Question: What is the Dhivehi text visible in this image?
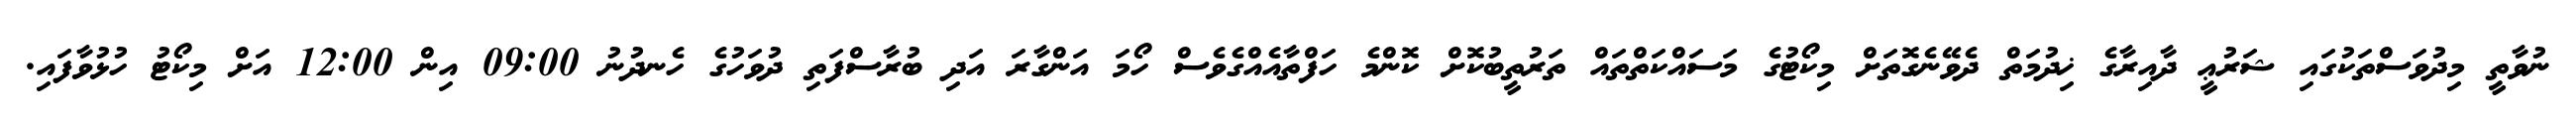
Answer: ނުވާތީ މިދުވަސްތަކުގައި ޝަރުޢީ ދާއިރާގެ ޚިދުމަތް ދެވޭނެގޮތަށް މިކޯޓުގެ މަސައްކަތްތައް ތަރުތީބުކޮށް ކޮންމެ ހަފްތާއެއްގެވެސް ހޯމަ އަންގާރަ އަދި ބުރާސްފަތި ދުވަހުގެ ހެނދުނު 09:00 އިން 12:00 އަށް މިކޯޓު ހުޅުވާފައި.